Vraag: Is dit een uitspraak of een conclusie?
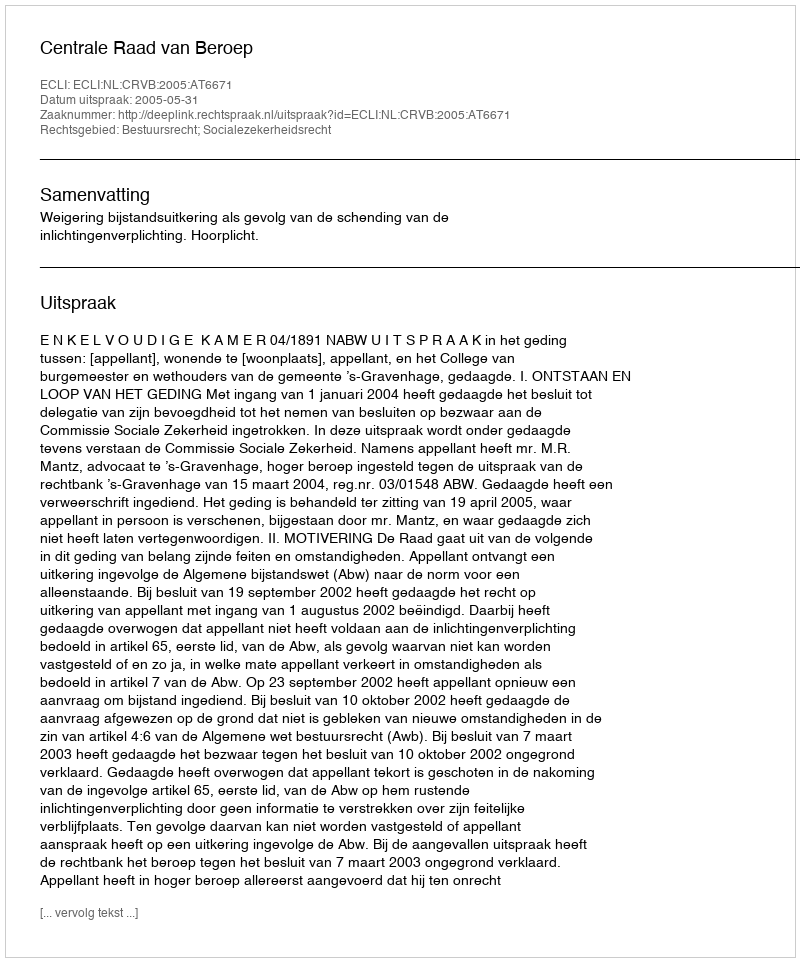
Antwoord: Uitspraak